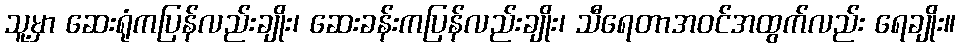
သူ့မှာ ဆေးရုံကပြန်လည်းချိုး၊ ဆေးခန်းကပြန်လည်းချိုး၊ သီရေတာအဝင်အထွက်လည်း ရေချိုး။